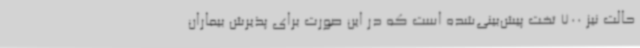
حالت نیز 700 تخت پیش‌بینی‌شده است که در این صورت برای پذیرش بیماران